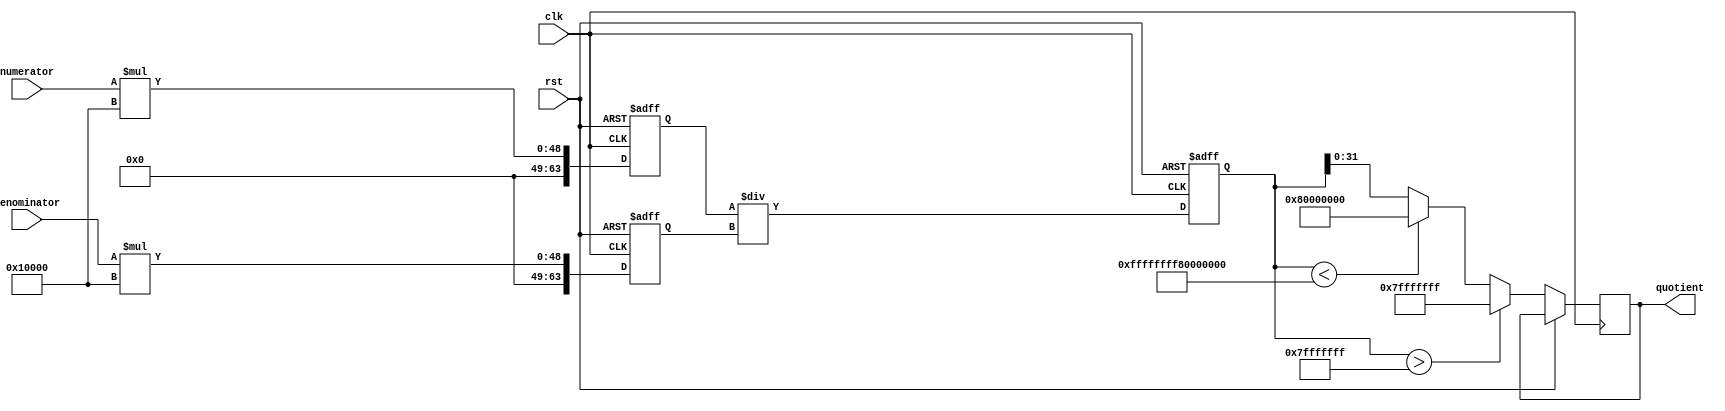
module fractional_divider (
    input clk,
    input rst,
    input signed [31:0] numerator,
    input signed [31:0] denominator,
    output reg signed [31:0] quotient
);

reg signed [63:0] numerator_fp;
reg signed [63:0] denominator_fp;
reg signed [63:0] quotient_tmp;

always @ (posedge clk or posedge rst) begin
    if (rst) begin
        numerator_fp <= 0;
        denominator_fp <= 0;
        quotient_tmp <= 0;
    end else begin
        numerator_fp <= numerator * 32'd65536; // Convert to fixed-point format (Q16.16)
        denominator_fp <= denominator * 32'd65536; // Convert to fixed-point format (Q16.16)
        
        quotient_tmp <= numerator_fp / denominator_fp; // Perform division
        
        if (quotient_tmp > 32'd2147483647) // Handle overflow
            quotient <= 32'd2147483647;
        else if (quotient_tmp < -32'd2147483648) // Handle underflow
            quotient <= -32'd2147483648;
        else
            quotient <= quotient_tmp[31:0]; // Keep only integer part (Q16.0)
    end
end

endmodule